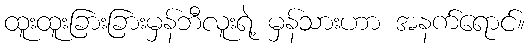
ထူးထူးခြားခြားမှန်ဘီလူးရဲ့ မှန်သားဟာ အနက်ရောင်။